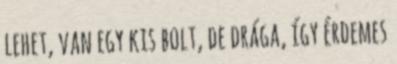
lehet, van egy kis bolt, de drága, így érdemes